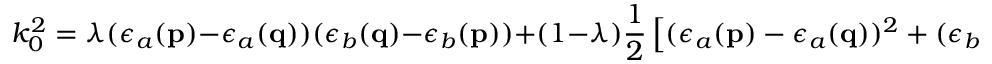
k _ { 0 } ^ { 2 } = \lambda ( \epsilon _ { a } ( { \bf p } ) - \epsilon _ { a } ( { \bf q } ) ) ( \epsilon _ { b } ( { \bf q } ) - \epsilon _ { b } ( { \bf p } ) ) + ( 1 - \lambda ) \frac 1 2 \left[ ( \epsilon _ { a } ( { \bf p } ) - \epsilon _ { a } ( { \bf q } ) ) ^ { 2 } + ( \epsilon _ { b } ( { \bf q } ) - \epsilon _ { b } ( { \bf p } ) ) ^ { 2 } \right] ,